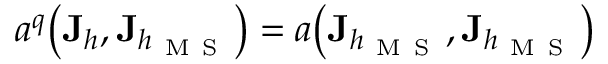
a ^ { q } \big ( \mathbf { J } _ { h } , \mathbf { J } _ { h _ { \mathrm { ~ M ~ S ~ } } } \big ) = a \big ( \mathbf { J } _ { h _ { \mathrm { ~ M ~ S ~ } } } , \mathbf { J } _ { h _ { \mathrm { ~ M ~ S ~ } } } \big )